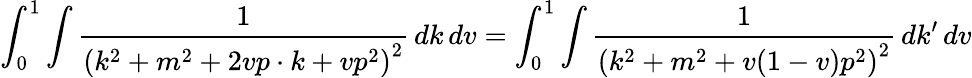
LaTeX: \int_{0}^{1}\int{\frac{1}{\left(k^{2}+m^{2}+2vp\cdot k+vp^{2}\right)^{2}}}\, dk\, dv=\int_{0}^{1}\int{\frac{1}{\left(k^{2}+m^{2}+v(1-v)p^{2}\right)^{2}}}\, dk^{\prime}\, dv